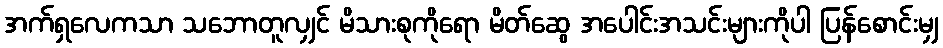
အက်ရှလေကသာ သဘောတူလျှင် မိသားစုကိုရော မိတ်ဆွေ အပေါင်းအသင်းများကိုပါ ပြန်စောင်းမျှ